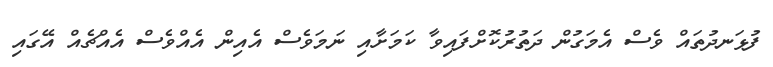
ފުޅަނދުތައް ވެސް އެމަގުން ދަތުރުކޮށްފައިވާ ކަމަށާއި ނަމަވެސް އެއިން އެއްވެސް އެއްޗެއް އޭގައި